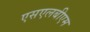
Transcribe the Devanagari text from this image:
एसएलबीएम